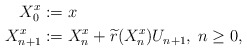
\begin{align*} {X}^{x}_0&:=x \\{X}^{x}_{n+1}&:={X}^{x}_n+\widetilde{r}({X}^{x}_n)U_{n+1},\; n\geq 0, \end{align*}